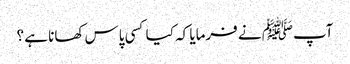
آپﷺ نے فرمایا کہ کیا کسی پاس کھانا ہے ؟